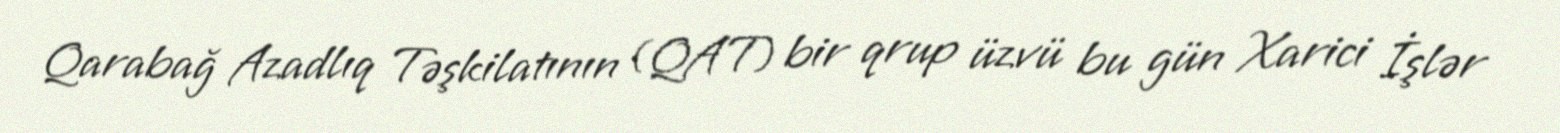
Qarabağ Azadlıq Təşkilatının (QAT) bir qrup üzvü bu gün Xarici İşlər